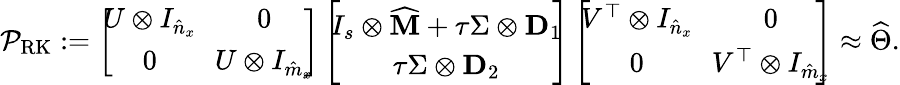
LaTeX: \mathcal{P}_{\mathrm{RK}}:=\left[\! \! \begin{array}{cc}{U\otimes I_{\hat{n}_{x}}}&{\! \! 0}\\ {0}&{\! \! U\otimes I_{\hat{m}_{x}}}\end{array}\! \! \right]\left[\! \! \begin{array}{c}{I_{s}\otimes\widehat{\mathbf{M}}+\tau\Sigma\otimes\mathbf{D}_{1}}\\ {\tau\Sigma\otimes\mathbf{D}_{2}}\end{array}\! \! \right]\left[\! \! \begin{array}{cc}{V^{\top}\otimes I_{\hat{n}_{x}}}&{\! \! 0}\\ {0}&{\! \! V^{\top}\otimes I_{\hat{m}_{x}}}\end{array}\! \! \! \right]\approx\widehat{\Theta}.